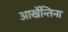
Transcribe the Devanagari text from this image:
आर्खेन्तिना